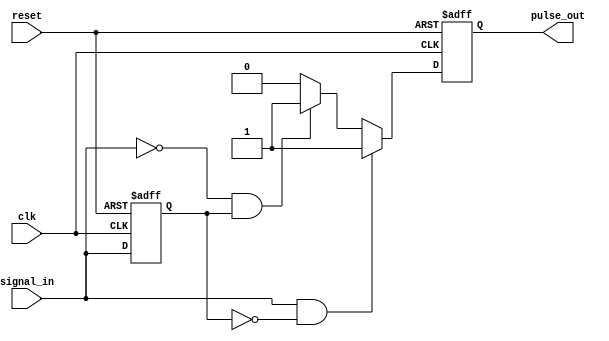
module pulse_edge_detector (
    input wire clk,            // Clock signal
    input wire reset,          // Asynchronous reset
    input wire signal_in,      // Input signal to detect edges
    output reg pulse_out       // Output pulse signal
);

    // Memory block to hold the previous state of the input signal
    reg previous_state;

    // Always block triggered on the rising edge of the clock or reset
    always @(posedge clk or posedge reset) begin
        if (reset) begin
            // Initialize the memory block and output pulse
            previous_state <= 1'b0;
            pulse_out <= 1'b0;
        end else begin
            // Edge detection logic
            if (signal_in && !previous_state) begin
                // Rising edge detected
                pulse_out <= 1'b1; // Generate pulse for rising edge
            end else if (!signal_in && previous_state) begin
                // Falling edge detected
                pulse_out <= 1'b1; // Generate pulse for falling edge
            end else begin
                pulse_out <= 1'b0; // No edge detected
            end
            
            // Update the memory block with the current state
            previous_state <= signal_in;
        end
    end

endmodule